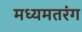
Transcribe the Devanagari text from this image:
मध्यमतरंग